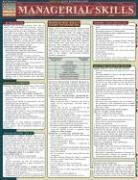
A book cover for Managerial Skills (Quickstudy: Business); Inc. BarCharts; Business & Money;